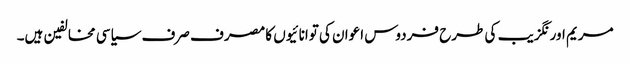
مریم اورنگزیب کی طرح فردوس اعوان کی توانائیوں کا مصرف صرف سیاسی مخالفین ہیں۔